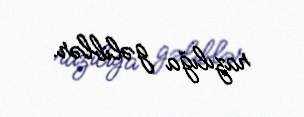
razılığa gəliblər.